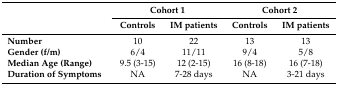
<table><thead><tr><td></td><td colspan="2"><b>Cohort 1</b></td><td colspan="2"><b>Cohort 2</b></td></tr><tr><td></td><td><b>Controls</b></td><td><b>IM patients</b></td><td><b>Controls</b></td><td><b>IM patients</b></td></tr></thead><tbody><tr><td><b>Number</b></td><td>10</td><td>22</td><td>13</td><td>13</td></tr><tr><td><b>Gender (f/m)</b></td><td>6/4</td><td>11/11</td><td>9/4</td><td>5/8</td></tr><tr><td><b>Median Age (Range)</b></td><td>9.5 (3-15)</td><td>12 (2-15)</td><td>16 (8-18)</td><td>16 (7-18)</td></tr><tr><td><b>Duration of Symptoms</b></td><td>NA</td><td>7-28 days</td><td>NA</td><td>3-21 days</td></tr></tbody></table>